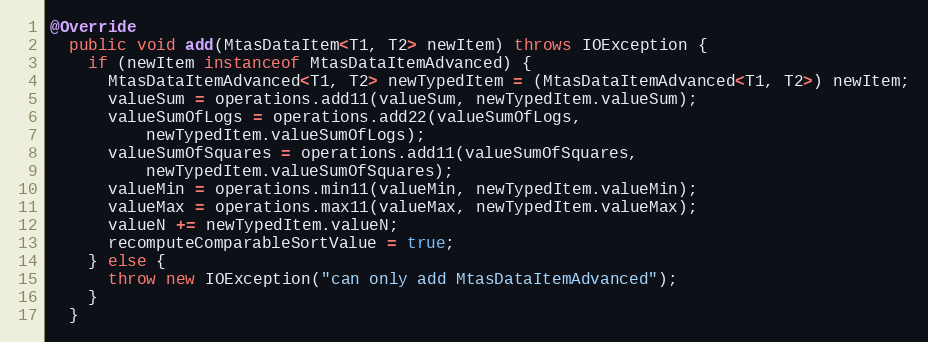
Language: Java
@Override
  public void add(MtasDataItem<T1, T2> newItem) throws IOException {
    if (newItem instanceof MtasDataItemAdvanced) {
      MtasDataItemAdvanced<T1, T2> newTypedItem = (MtasDataItemAdvanced<T1, T2>) newItem;
      valueSum = operations.add11(valueSum, newTypedItem.valueSum);
      valueSumOfLogs = operations.add22(valueSumOfLogs,
          newTypedItem.valueSumOfLogs);
      valueSumOfSquares = operations.add11(valueSumOfSquares,
          newTypedItem.valueSumOfSquares);
      valueMin = operations.min11(valueMin, newTypedItem.valueMin);
      valueMax = operations.max11(valueMax, newTypedItem.valueMax);
      valueN += newTypedItem.valueN;
      recomputeComparableSortValue = true;
    } else {
      throw new IOException("can only add MtasDataItemAdvanced");
    }
  }